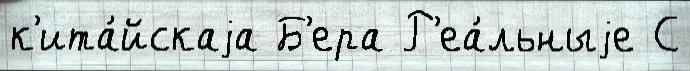
к'ита́йскаjа Б'ера Р'еа́льныjе С